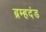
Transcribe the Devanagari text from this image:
ब्रम्हदंड